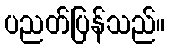
ပညတ်ပြန်သည်။